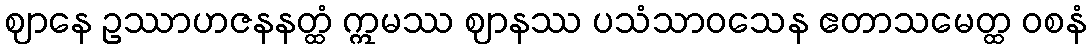
ဈာနေ ဥဿာဟဇနနတ္ထံ ဣမဿ ဈာနဿ ပသံသာဝသေန ဧတာသမေတ္ထ ဝစနံ